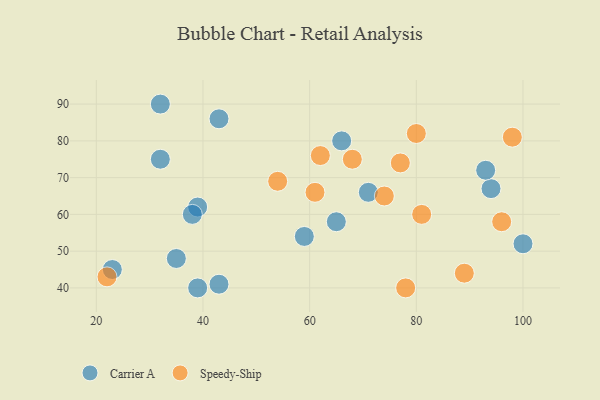
{"axis": {"x": "GDP", "y": "Life Expectancy"}, "legend": ["Carrier A", "Speedy-Ship"], "data": [{"x": "65", "y": 58, "type": "Carrier A"}, {"x": "39", "y": 62, "type": "Carrier A"}, {"x": "35", "y": 48, "type": "Carrier A"}, {"x": "94", "y": 67, "type": "Carrier A"}, {"x": "100", "y": 52, "type": "Carrier A"}, {"x": "93", "y": 72, "type": "Carrier A"}, {"x": "32", "y": 75, "type": "Carrier A"}, {"x": "38", "y": 60, "type": "Carrier A"}, {"x": "71", "y": 66, "type": "Carrier A"}, {"x": "39", "y": 40, "type": "Carrier A"}, {"x": "43", "y": 86, "type": "Carrier A"}, {"x": "23", "y": 45, "type": "Carrier A"}, {"x": "66", "y": 80, "type": "Carrier A"}, {"x": "59", "y": 54, "type": "Carrier A"}, {"x": "43", "y": 41, "type": "Carrier A"}, {"x": "32", "y": 90, "type": "Carrier A"}, {"x": "54", "y": 69, "type": "Speedy-Ship"}, {"x": "89", "y": 44, "type": "Speedy-Ship"}, {"x": "77", "y": 74, "type": "Speedy-Ship"}, {"x": "80", "y": 82, "type": "Speedy-Ship"}, {"x": "22", "y": 43, "type": "Speedy-Ship"}, {"x": "96", "y": 58, "type": "Speedy-Ship"}, {"x": "81", "y": 60, "type": "Speedy-Ship"}, {"x": "68", "y": 75, "type": "Speedy-Ship"}, {"x": "61", "y": 66, "type": "Speedy-Ship"}, {"x": "62", "y": 76, "type": "Speedy-Ship"}, {"x": "98", "y": 81, "type": "Speedy-Ship"}, {"x": "74", "y": 65, "type": "Speedy-Ship"}, {"x": "78", "y": 40, "type": "Speedy-Ship"}]}